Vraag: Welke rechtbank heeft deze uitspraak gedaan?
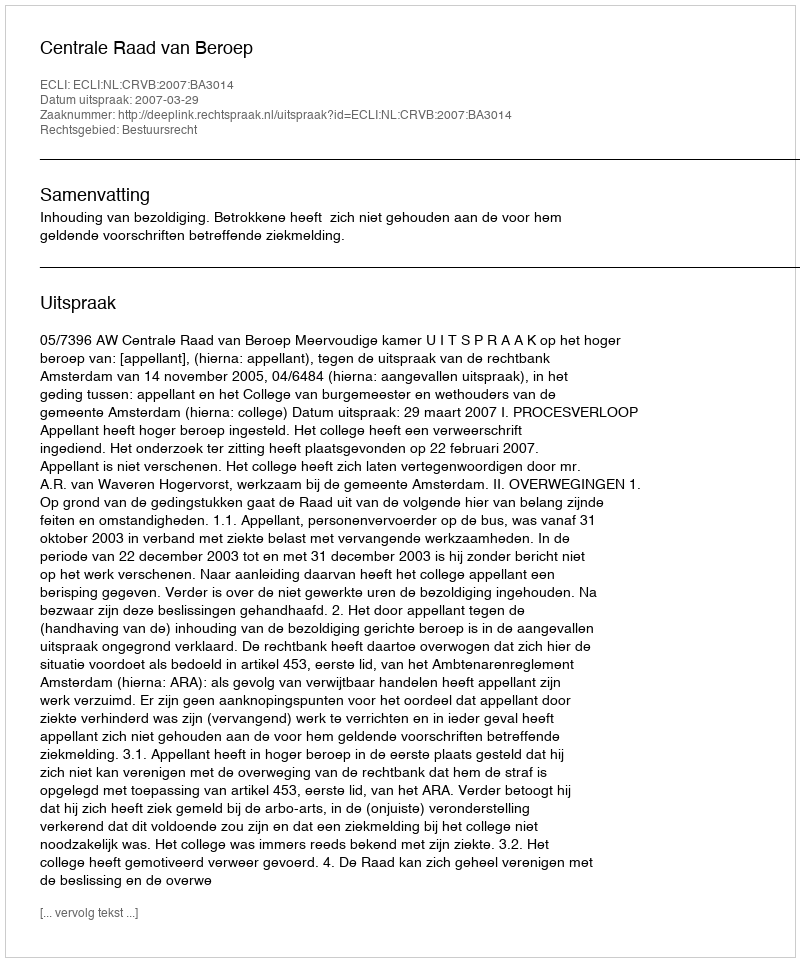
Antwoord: Centrale Raad van Beroep